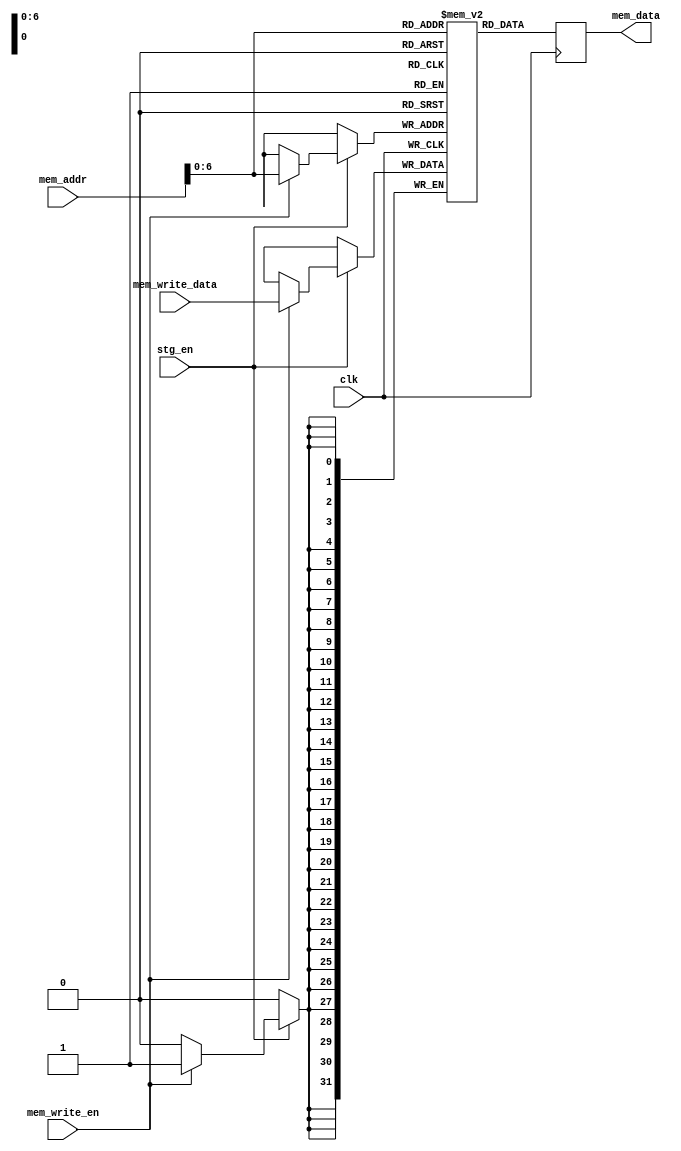
`timescale 1ns / 1ps

// status = done 

module data_mem(
    input clk , stg_en ,
    // address input, shared by read and write port
    input [31:0] mem_addr,
    // write port
    input [31:0] mem_write_data,
    input mem_write_en,
    // read port
    output reg [31:0] mem_data
    );
    
    reg [31:0] memory [0:120];
    integer i = 0 ;
    
    initial
    begin
        /*memory[0] = 32'h0;
        memory[1] = 32'h1;
        memory[2] = 32'h2;
        memory[3] = 32'h3;
        memory[4] = 32'h4;
        memory[5] = 32'h5;*/
        
        for( i=32'd0 ; i<32'd100 ; i=i+32'd1 )
          memory[i] = 32'd10; 
        
        for( i=32'd100 ; i<32'd200 ; i=i+32'd1 )
          memory[i] = 32'd15;
          
        for( i=32'd200 ; i<32'd300 ; i=i+32'd1 )
          memory[i] = 32'd15;
    end
    
    always @(posedge clk) 
    begin
    if(stg_en == 1)begin
    if (mem_write_en)
        memory[mem_addr] <= mem_write_data;
    end
    mem_data <= memory[mem_addr];
    end
endmodule